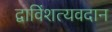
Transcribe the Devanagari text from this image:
द्वाविंशत्यवदान